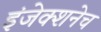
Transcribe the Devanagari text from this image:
इंजेक्शनेच